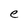
Character: e